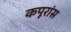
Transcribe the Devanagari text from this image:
कपूरांस